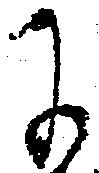
に